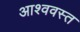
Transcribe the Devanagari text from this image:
आश्ववस्त